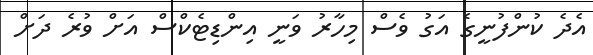
އެދެ ކުންފުނީގެ އަގު ވެސް މިހާރު ވަނީ އިންޑިޓެކްސް އަށް ވުރެ ދަށް